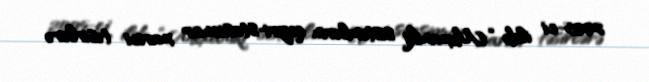
2005-ci ildə “Mexaniki sistemlərin qeyri-stasionar xarici təsirlərə